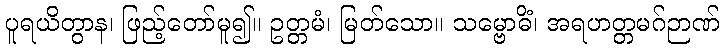
ပူရယိတွာန၊ ဖြည့်တော်မူ၍။ ဥတ္တမံ၊ မြတ်သော။ သမ္ဗောဓိံ၊ အရဟတ္တမဂ်ဉာဏ်